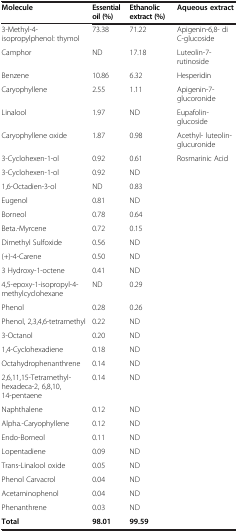
<table><thead><tr><td><b>Molecule</b></td><td><b>Essential oil (%)</b></td><td><b>Ethanolic extract (%)</b></td><td><b>Aqueous extract</b></td></tr></thead><tbody><tr><td>3-Methyl-4-isopropylphenol: thymol</td><td>73.38</td><td>71.22</td><td>Apigenin-6,8- di C-glucoside</td></tr><tr><td>Camphor</td><td>ND</td><td>17.18</td><td>Luteolin-7- rutinoside</td></tr><tr><td>Benzene</td><td>10.86</td><td>6.32</td><td>Hesperidin</td></tr><tr><td>Caryophyllene</td><td>2.55</td><td>1.11</td><td>Apigenin-7- glucoronide</td></tr><tr><td>Linalool</td><td>1.97</td><td>ND</td><td>Eupafolin- glucoside</td></tr><tr><td>Caryophyllene oxide</td><td>1.87</td><td>0.98</td><td>Acethyl- luteolin- glucuronide</td></tr><tr><td>3-Cyclohexen-1-ol</td><td>0.92</td><td>0.61</td><td>Rosmarinic Acid</td></tr><tr><td>3-Cyclohexen-1-ol</td><td>0.92</td><td>ND</td><td></td></tr><tr><td>1,6-Octadien-3-ol</td><td>ND</td><td>0.83</td><td></td></tr><tr><td>Eugenol</td><td>0.81</td><td>ND</td><td></td></tr><tr><td>Borneol</td><td>0.78</td><td>0.64</td><td></td></tr><tr><td>Beta.-Myrcene</td><td>0.72</td><td>0.15</td><td></td></tr><tr><td>Dimethyl Sulfoxide</td><td>0.56</td><td>ND</td><td></td></tr><tr><td>(+)-4-Carene</td><td>0.50</td><td>ND</td><td></td></tr><tr><td>3 Hydroxy-1-octene</td><td>0.41</td><td>ND</td><td></td></tr><tr><td>4,5-epoxy-1-isopropyl-4-methylcyclohexane</td><td>ND</td><td>0.29</td><td></td></tr><tr><td>Phenol</td><td>0.28</td><td>0.26</td><td></td></tr><tr><td>Phenol, 2,3,4,6-tetramethyl</td><td>0.22</td><td>ND</td><td></td></tr><tr><td>3-Octanol</td><td>0.20</td><td>ND</td><td></td></tr><tr><td>1,4-Cyclohexadiene</td><td>0.18</td><td>ND</td><td></td></tr><tr><td>Octahydrophenanthrene</td><td>0.14</td><td>ND</td><td></td></tr><tr><td>2,6,11,15-Tetramethyl-hexadeca-2, 6,8,10,14-pentaene</td><td>0.14</td><td>ND</td><td></td></tr><tr><td>Naphthalene</td><td>0.12</td><td>ND</td><td></td></tr><tr><td>Alpha.-Caryophyllene</td><td>0.12</td><td>ND</td><td></td></tr><tr><td>Endo-Borneol</td><td>0.11</td><td>ND</td><td></td></tr><tr><td>Lopentadiene</td><td>0.09</td><td>ND</td><td></td></tr><tr><td>Trans-Linalool oxide</td><td>0.05</td><td>ND</td><td></td></tr><tr><td>Phenol Carvacrol</td><td>0.04</td><td>ND</td><td></td></tr><tr><td>Acetaminophenol</td><td>0.04</td><td>ND</td><td></td></tr><tr><td>Phenanthrene</td><td>0.03</td><td>ND</td><td></td></tr><tr><td><b>Total</b></td><td><b>98.01</b></td><td><b>99.59</b></td><td></td></tr></tbody></table>